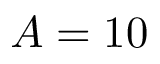
A = 1 0